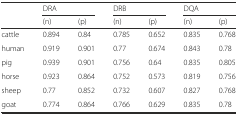
<table><thead><tr><td></td><td colspan="2"><b>DRA</b></td><td colspan="2"><b>DRB</b></td><td colspan="2"><b>DQA</b></td></tr><tr><td></td><td><b>(n)</b></td><td><b>(p)</b></td><td><b>(n)</b></td><td><b>(p)</b></td><td><b>(n)</b></td><td><b>(p)</b></td></tr></thead><tbody><tr><td>cattle</td><td>0.894</td><td>0.84</td><td>0.785</td><td>0.652</td><td>0.835</td><td>0.768</td></tr><tr><td>human</td><td>0.919</td><td>0.901</td><td>0.77</td><td>0.674</td><td>0.843</td><td>0.78</td></tr><tr><td>pig</td><td>0.939</td><td>0.901</td><td>0.756</td><td>0.64</td><td>0.835</td><td>0.805</td></tr><tr><td>horse</td><td>0.923</td><td>0.864</td><td>0.752</td><td>0.573</td><td>0.819</td><td>0.756</td></tr><tr><td>sheep</td><td>0.77</td><td>0.852</td><td>0.732</td><td>0.607</td><td>0.827</td><td>0.768</td></tr><tr><td>goat</td><td>0.774</td><td>0.864</td><td>0.766</td><td>0.629</td><td>0.835</td><td>0.78</td></tr></tbody></table>